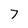
Character: 7